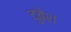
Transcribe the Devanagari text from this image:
दुबेश